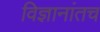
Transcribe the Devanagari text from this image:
विज्ञानांतच